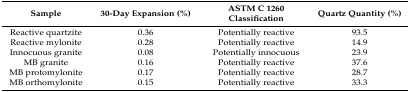
| Sample | 30-Day Expansion (%) | ASTM C 1260 Classification | Quartz Quantity (%) |
 | --- | --- | --- | --- |
 | Reactive quartzite | 0.36 | Potentially reactive | 93.5 |
 | Reactive mylonite | 0.28 | Potentially reactive | 14.9 |
 | Innocuous granite | 0.08 | Potentially innocuous | 23.9 |
 | MB granite | 0.16 | Potentially reactive | 37.6 |
 | MB protomylonite | 0.17 | Potentially reactive | 28.7 |
 | MB orthomylonite | 0.15 | Potentially reactive | 33.3 |